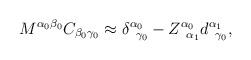
LaTeX: \begin{align*}M^{\alpha _{0}\beta _{0}}C_{\beta _{0}\gamma _{0}}\approx \delta_{\;\;\gamma _{0}}^{\alpha _{0}}-Z_{\;\;\alpha _{1}}^{\alpha_{0}}d_{\;\;\gamma _{0}}^{\alpha _{1}}, \end{align*}